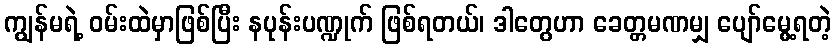
ကျွန်မရဲ့ ဝမ်းထဲမှာဖြစ်ပြီး နပုန်းပဏ္ဍုက် ဖြစ်ရတယ်၊ ဒါတွေဟာ ခေတ္တမဏမျှ ပျော်မွေ့ရတဲ့